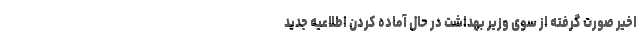
اخیر صورت گرفته از سوی وزیر بهداشت در حال آماده کردن اطلاعیه‌ جدید